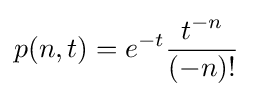
p(n,t)=e^{-t}{\frac {t^{-n}}{(-n)!}}